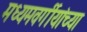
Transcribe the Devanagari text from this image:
मध्यमवर्गीयांच्या